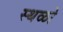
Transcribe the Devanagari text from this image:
स्थळो